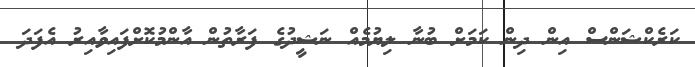
ކަރެކްޝަންސް އިން ދިން ކަމަށް ބުނާ ލިޔުމެއް ނަޝީދުގެ ފަރާތުން އާންމުކޮށްފައިވާއިރު އެފަދަ